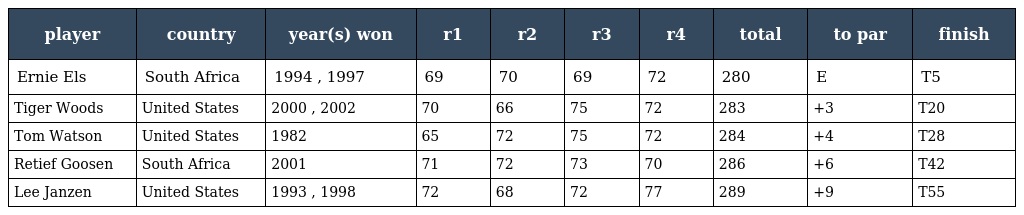
| player | country | year(s) won | r1 | r2 | r3 | r4 | total | to par | finish |
 | --- | --- | --- | --- | --- | --- | --- | --- | --- | --- |
 | Ernie Els | South Africa | 1994 , 1997 | 69 | 70 | 69 | 72 | 280 | E | T5 |
 | Tiger Woods | United States | 2000 , 2002 | 70 | 66 | 75 | 72 | 283 | +3 | T20 |
 | Tom Watson | United States | 1982 | 65 | 72 | 75 | 72 | 284 | +4 | T28 |
 | Retief Goosen | South Africa | 2001 | 71 | 72 | 73 | 70 | 286 | +6 | T42 |
 | Lee Janzen | United States | 1993 , 1998 | 72 | 68 | 72 | 77 | 289 | +9 | T55 |